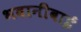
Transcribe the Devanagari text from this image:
भवानीबाई